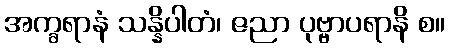
အက္ခရာနံ သန္နိပါတံ၊ ဇညာ ပုဗ္ဗာပရာနိ စ။